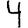
Digit: 4